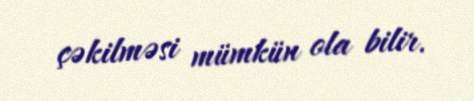
çəkilməsi mümkün ola bilir.